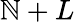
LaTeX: \mathbb{N}+L